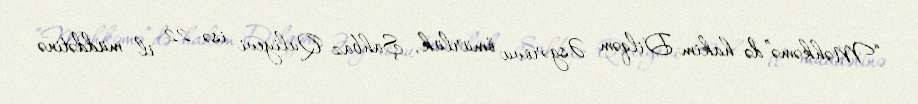
“Məhkəmə”də hakim Dilqəm Əsgərovu ömürlük, Şahbaz Quliyevi isə 22 il müddətinə